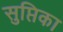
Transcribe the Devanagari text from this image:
सुप्तिका